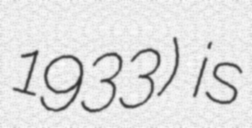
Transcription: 1933) is